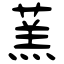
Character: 蓔